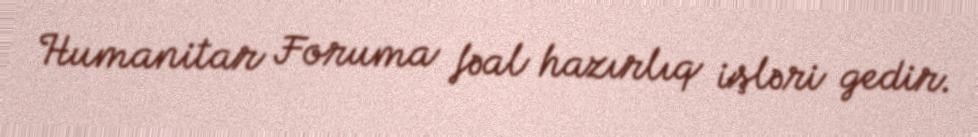
Humanitar Foruma fəal hazırlıq işləri gedir.